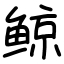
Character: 鲸